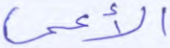
الأعمى